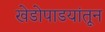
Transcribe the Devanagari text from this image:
खेडोपाडयांतून